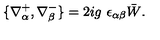
\{ \nabla _ { \alpha } ^ { + } , \nabla _ { \beta } ^ { - } \} = 2 i g \ \epsilon _ { \alpha \beta } \bar { W } .